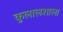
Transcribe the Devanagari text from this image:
कुलालशाला